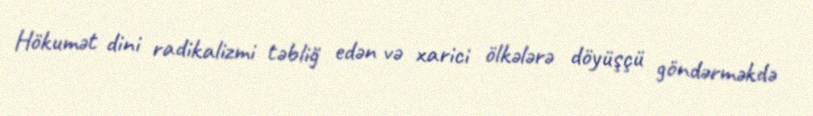
Hökumət dini radikalizmi təbliğ edən və xarici ölkələrə döyüşçü göndərməkdə